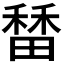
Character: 𬓷